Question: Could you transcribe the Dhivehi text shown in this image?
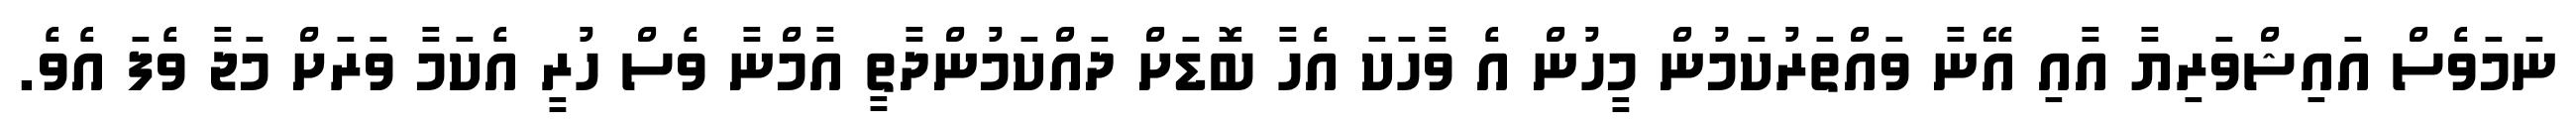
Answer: ނަމަވެސް އައިޝްވަރިޔާ އާއި އޭނާ ވައްތަރުކަމުން މީހުން އެ ވާހަކަ އެހާ ބޮޑަށް ދައްކަމުންދާތީ އާމްނާ ވެސް ހުރީ އެކަމާ ވަރަށް މަޖާ ވެފަ އެވެ.